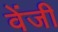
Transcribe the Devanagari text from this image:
वेंजी